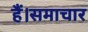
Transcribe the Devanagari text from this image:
हैं।समाचार